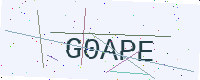
Text: G0APE